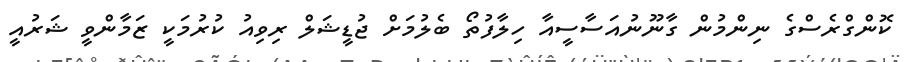
ކޮންގްރެސްގެ ނިންމުން ގާނޫނުއަސާސީއާ ހިލާފުތޯ ބެލުމަށް ޖުޑީޝަލް ރިވިއު ކުރުމަކީ ޒަމާންވީ ޝަރުއީ